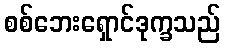
စစ်ဘေးရှောင်ဒုက္ခသည်